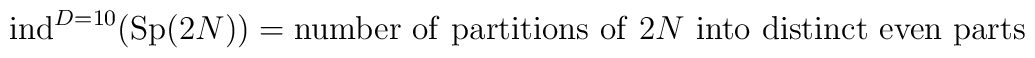
\;\;\; {\rm ind}^{D=10}({\rm Sp}(2N))={\rm number~of~partitions~of}~2 N~{\rm into~distinct~even~parts}